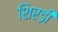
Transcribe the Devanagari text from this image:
शिरड़ी